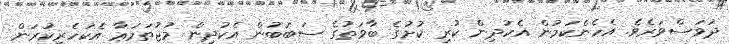
ދުވަސްވަރެވެ. އެހެންކަމުން އެކުދިން ކުރި ކުށުގެ ބާވަތުގެ ސަބަބުން އެކުދިން މުޖުތަމަޢާ އެކަހެރިކުރަން